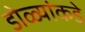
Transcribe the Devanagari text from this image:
डोळ्यांकडे